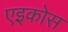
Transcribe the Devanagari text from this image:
एइकोस